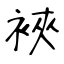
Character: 裌